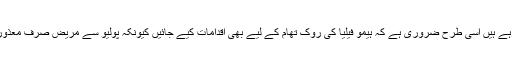
حکومتی سطح پر جس طرح پولیو کے خاتمے کے لیے اقدامات کیے جارہے ہیں اسی طرح ضروری ہے کہ ہیمو فیلیا کی روک تھام کے لیے بھی اقدامات کیے جائیں کیونکہ پولیو سے مریض صرف معذور ہوتا ہے جبکہ ہیمیو فیلیا معذوری کے ساتھ موت کا بھی دوسرا نام ہے ۔